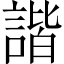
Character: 諧